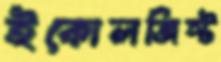
ইকোলজিস্ট